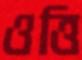
ওত্তি